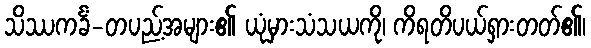
သိဿကင်္ခံ-တပည့်အများ၏ ယုံမှားသံသယကို၊ ကိရတိပယ်ရှားတတ်၏၊